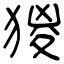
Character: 猣